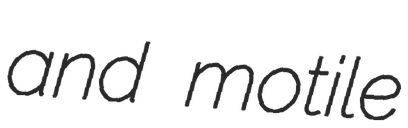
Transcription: and motile